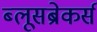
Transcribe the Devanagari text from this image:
ब्लूसब्रेकर्स